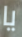
يا